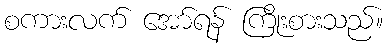
စကားလက် အော်ရန် ကြိုးစားသည်။